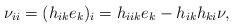
LaTeX: \begin{align*}\nu_{ii}=(h_{ik}e_{k})_{i}=h_{iik}e_{k}-h_{ik}h_{ki}\nu,\end{align*}